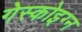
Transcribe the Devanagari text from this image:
गेस्कोइग्न